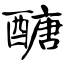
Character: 醣